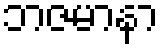
ဘဇမာနာ